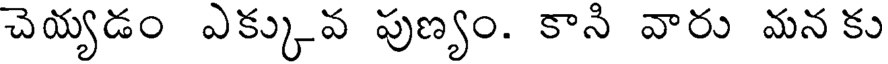
చెయ్యడం ఎక్కువ పుణ్యం. కాని వారు మన కు